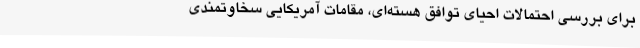
برای بررسی احتمالات احیای توافق هسته‌ای، مقامات آمریکایی سخاوتمندی